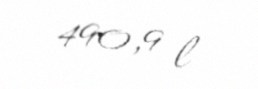
490,9 l